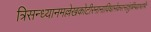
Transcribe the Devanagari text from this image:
त्रिसन्ध्यानमल्लेखकोटीरनानाविधानेकरत्नांशुबिम्बप्रभाभिः